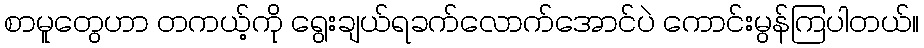
စာမူတွေဟာ တကယ့်ကို ရွေးချယ်ရခက်လောက်အောင်ပဲ ကောင်းမွန်ကြပါတယ်။